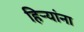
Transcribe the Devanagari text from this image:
हिर्‍यांना